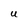
Character: U